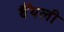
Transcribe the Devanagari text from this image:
बैँथली